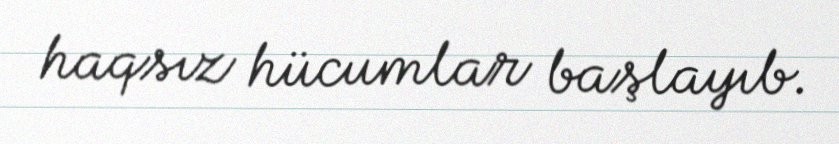
haqsız hücumlar başlayıb.